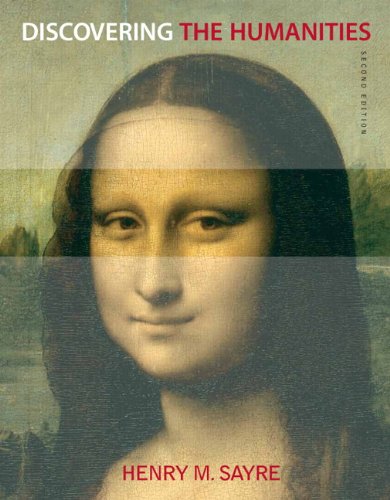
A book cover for Discovering the Humanities (2nd Edition); Henry M. Sayre; Arts & Photography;